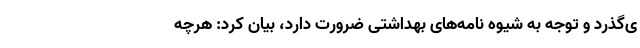
ی‌گذرد و توجه به شیوه نامه‌های بهداشتی ضرورت دارد، بیان کرد: هرچه